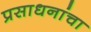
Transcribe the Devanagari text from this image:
प्रसाधनांचा